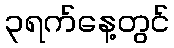
၃ရက်နေ့တွင်